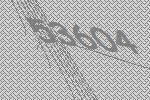
53604